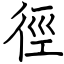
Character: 徑